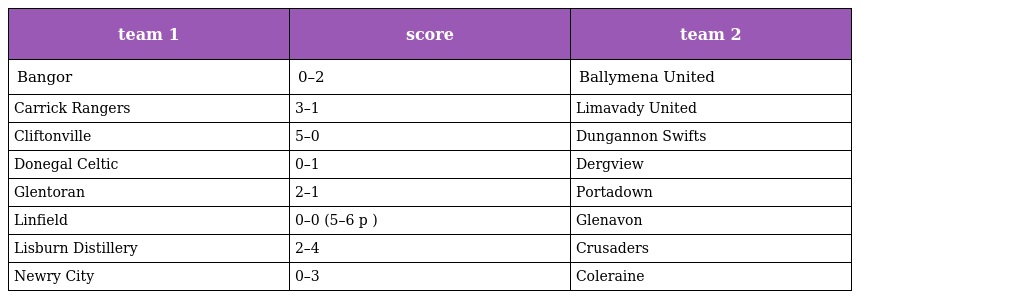
| team 1 | score | team 2 |
 | --- | --- | --- |
 | Bangor | 0–2 | Ballymena United |
 | Carrick Rangers | 3–1 | Limavady United |
 | Cliftonville | 5–0 | Dungannon Swifts |
 | Donegal Celtic | 0–1 | Dergview |
 | Glentoran | 2–1 | Portadown |
 | Linfield | 0–0 (5–6 p ) | Glenavon |
 | Lisburn Distillery | 2–4 | Crusaders |
 | Newry City | 0–3 | Coleraine |